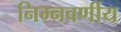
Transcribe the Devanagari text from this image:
निम्नवर्णीय